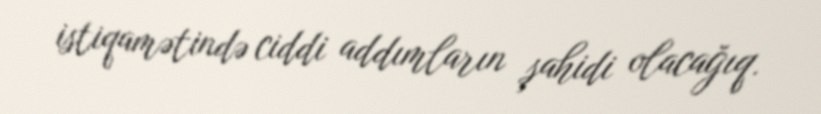
istiqamətində ciddi addımların şahidi olacağıq.